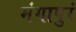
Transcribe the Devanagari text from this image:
मंगापुरं